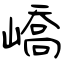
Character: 嶠